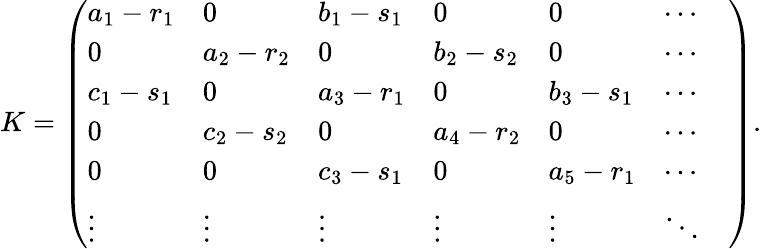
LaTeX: K=\left(\begin{array}{lllllll}{a_{1}-r_{1}}&{0}&{b_{1}-s_{1}}&{0}&{0}&{\cdots}&\\ {0}&{a_{2}-r_{2}}&{0}&{b_{2}-s_{2}}&{0}&{\cdots}&\\ {c_{1}-s_{1}}&{0}&{a_{3}-r_{1}}&{0}&{b_{3}-s_{1}}&{\cdots}&\\ {0}&{c_{2}-s_{2}}&{0}&{a_{4}-r_{2}}&{0}&{\cdots}&\\ {0}&{0}&{c_{3}-s_{1}}&{0}&{a_{5}-r_{1}}&{\cdots}\\ {\vdots}&{\vdots}&{\vdots}&{\vdots}&{\vdots}&{\ddots}\end{array}\right).